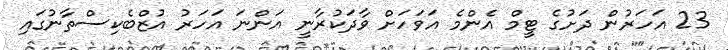
23 އަހަރުން ދަށުގެ ޓީމް އެންމެ އަވަހަށް ވާދަކުރާނީ އަންނަ އަހަރު އުޒްބެކިސްތާނުގައި